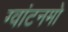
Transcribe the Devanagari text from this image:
ग्वांटनमो